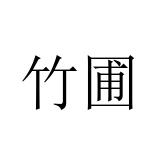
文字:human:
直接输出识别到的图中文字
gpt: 竹圃